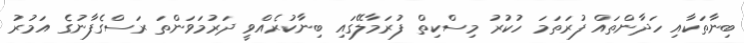
ބިނާތަކާއި ހަދާންތައް ފުރަތަމަ ހުކުރު މިސްކިތް ފުރަމާލޭގައި ބިނާކުރެއްވީ ދަރުމަވަންތަ ރަސްގެފާނުގެ އަމުރު